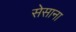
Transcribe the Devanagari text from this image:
सेसाना